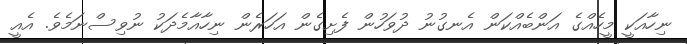
ނިހާއަކީ މީހެއްގެ އަންބެއްކަން އެނގުނު ދުވަހުން ފެށިގެން އަހަރެން ނިހާއާމެދަކު ނުވިސްނަމެވެ. އެއީ